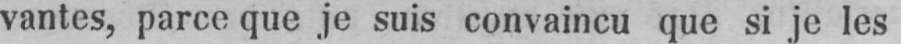
vantes, parce que je suis convaincu que si je les